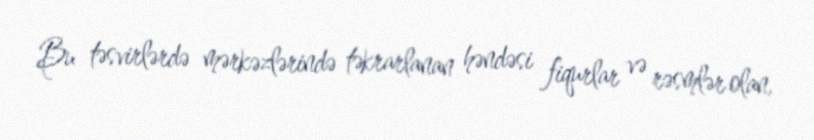
Bu təsvirlərdə mərkəzlərində təkrarlanan həndəsi fiqurlar və rəsmlər olan,